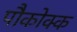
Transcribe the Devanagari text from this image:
पौकोक्क